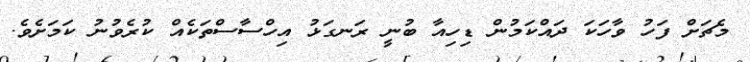
މެޗަށް ފަހު ވާހަކަ ދައްކަމުން ޑިހިއާ ބުނީ ރަނގަޅު އިހްސާސްތަކެއް ކުރެވުނު ކަމަށެވެ.